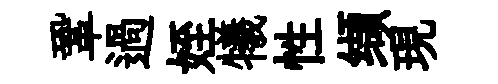
鞏過姪犧性缬現